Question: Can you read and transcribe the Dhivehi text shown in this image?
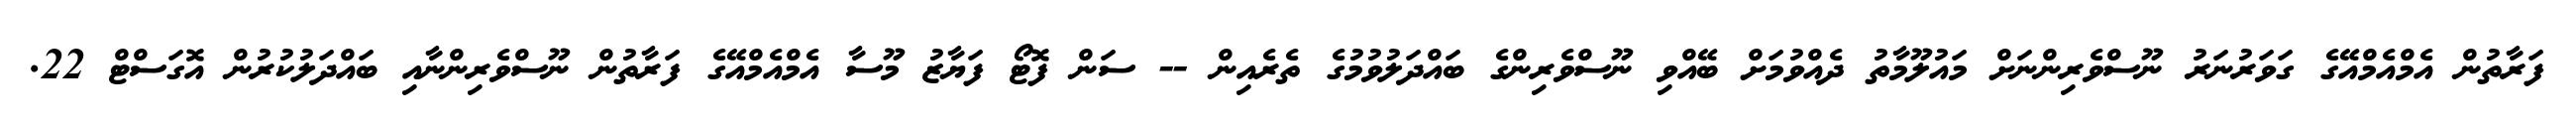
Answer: ފަރާތުން އެމްއެމްއޭގެ ގަވަރުނަރު ނޫސްވެރިންނަށް މައުލޫމާތު ދެއްވުމަށް ބޭއްވި ނޫސްވެރިންގެ ބައްދަލުވުމުގެ ތެރެއިން -- ސަން ފޮޓޯ ފަޔާޒު މޫސާ އެމްއެމްއޭގެ ފަރާތުން ނޫސްވެރިންނާއި ބައްދަލުކުރުން އޮގަސްޓް 22.